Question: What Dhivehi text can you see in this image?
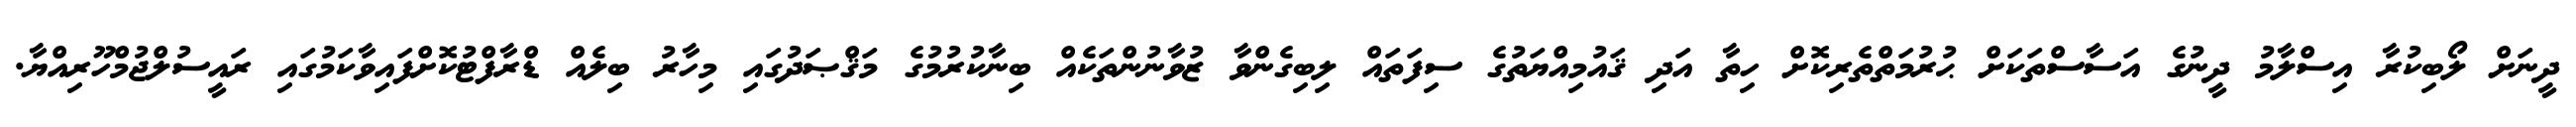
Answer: ދީނަށް ލޯބިކުރާ އިސްލާމު ދީނުގެ އަސާސްތަކަށް ޙުރުމަތްތެރިކޮށް ހިތާ އަދި ޤައުމިއްޔަތުގެ ސިފަތައް ލިބިގެންވާ ޒުވާނުންތަކެއް ބިނާކުރުމުގެ މަޤްޞަދުގައި މިހާރު ބިލެއް ޑްރާފްޓުކޮށްފައިވާކަމުގައި ރައީސުލްޖުމްހޫރިއްޔާ.